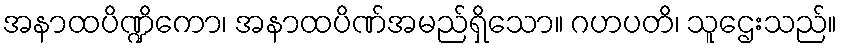
အနာထပိဏ္ဍိကော၊ အနာထပိဏ်အမည်ရှိသော။ ဂဟပတိ၊ သူဌေးသည်။